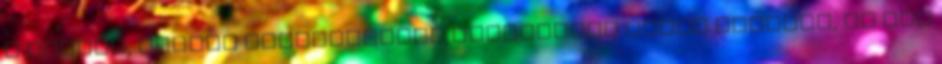
a köznép, persze mindenképpen gyűlöltünk volna titeket, de egy